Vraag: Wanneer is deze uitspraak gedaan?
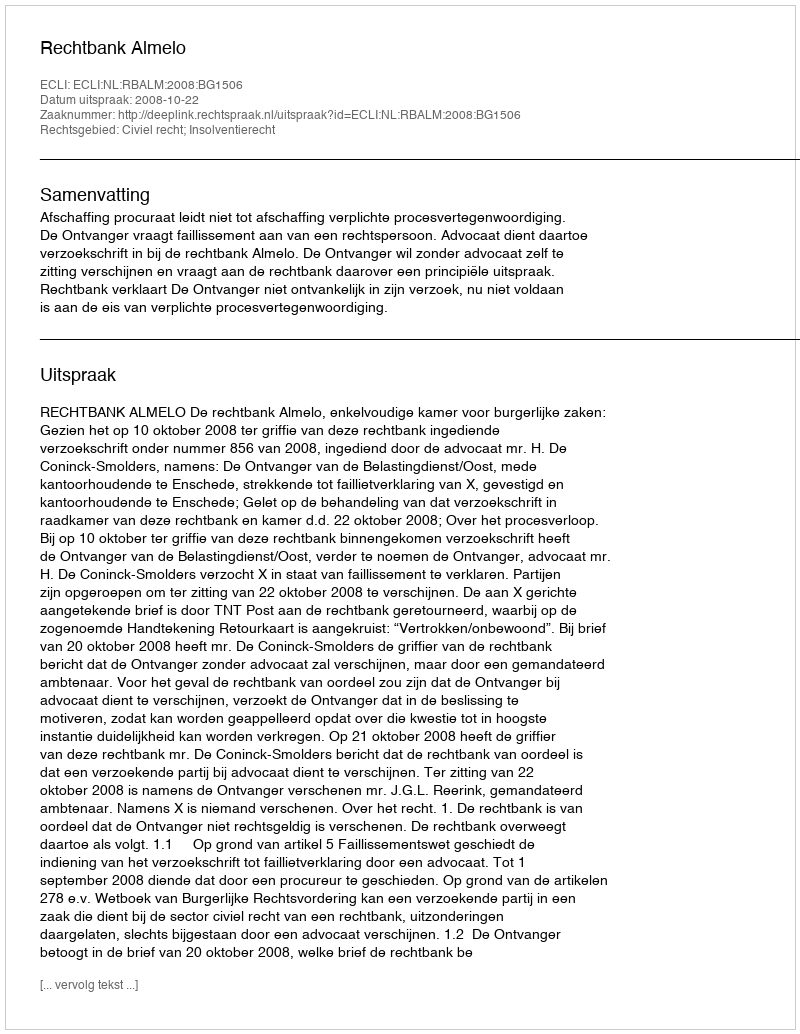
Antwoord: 2008-10-22